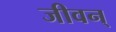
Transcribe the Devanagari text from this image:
जीवन्